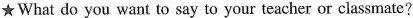
★What do you want to say to your teacher or clasmate?